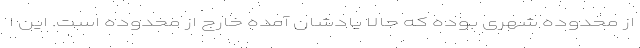
از محدوده شهری بوده که حالا یادشان آمده خارج از محدوده است. این ا